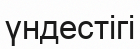
үндестігі